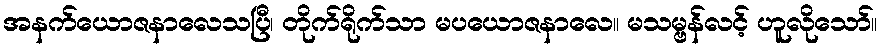
အနက်ယောဇနာလေသပြီ၊ တိုက်ရိုက်သာ မပယောဇနာလေ။ မသမ္ဗန်လင့် ဟူလိုသော်။